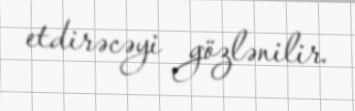
etdirəcəyi gözlənilir.